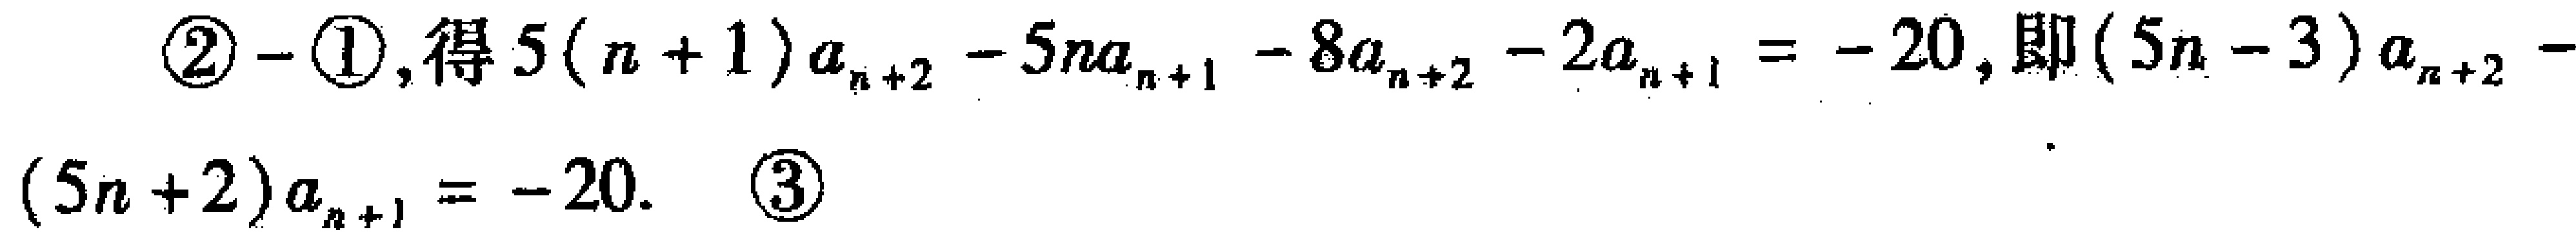
\textcircled{2}$-$\textcircled{1}, 得$5(n + 1)a_{n + 2}-5na_{n + 1}-8a_{n + 2}-2a_{n + 1}=-20$, 即$(5n - 3)a_{n + 2}-(5n + 2)a_{n + 1}=-20$.  \textcircled{3}